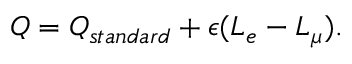
Q = Q _ { s t a n d a r d } + \epsilon ( L _ { e } - L _ { \mu } ) .